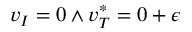
v _ { I } = 0 \land v _ { T } ^ { * } = 0 + \epsilon